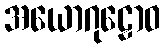
အယောဂုဠောဝ